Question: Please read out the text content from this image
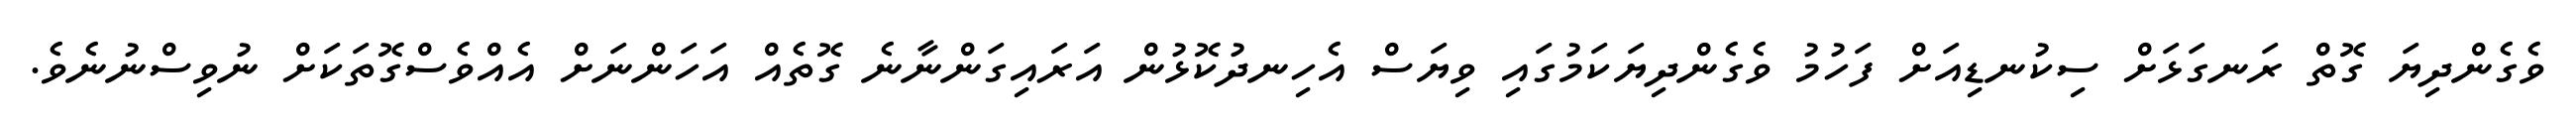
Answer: ވެގެންދިޔަ ގޮތް ރަނގަޅަށް ސިކުނޑިއަށް ފަހުމު ވެގެންދިޔަކަމުގައި ވިޔަސް އެހިނދުކޮޅުން އަރައިގަންނާނެ ގޮތެއް އަހަންނަށް އެއްވެސްގޮތަކަށް ނުވިސްނުނެވެ.